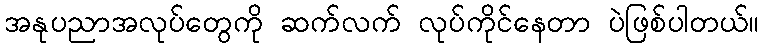
အနုပညာအလုပ်တွေကို ဆက်လက် လုပ်ကိုင်နေတာ ပဲဖြစ်ပါတယ်။